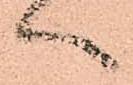
へ